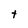
Character: t